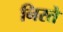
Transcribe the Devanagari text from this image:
निरते